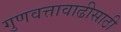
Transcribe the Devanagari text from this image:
गुणवत्तावाढीसाठी